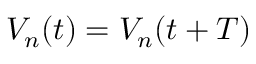
V _ { n } ( t ) = V _ { n } ( t + T )